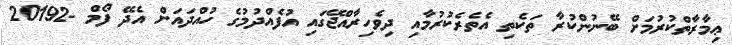
ޢިމާރާތްކުރުމަށް ބޭނުންކުރާ ތަކެތި އެތެރެކުރުމާއި ދިވެހިރާއްޖޭގައި އުފެއްދުމުގެ ހުއްދައަށް އެދޭ ފޯމް -20192